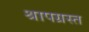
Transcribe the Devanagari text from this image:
श्रापग्रस्त